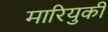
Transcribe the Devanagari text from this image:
मारियुकी